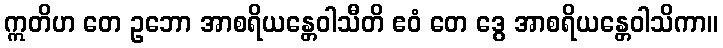
ဣတိဟ တေ ဥဘော အာစရိယန္တေဝါသီတိ ဧဝံ တေ ဒွေ အာစရိယန္တေဝါသိကာ။